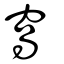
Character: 窩